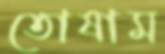
তোষাম